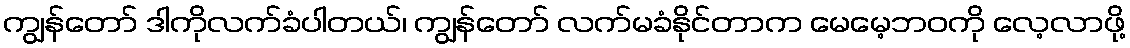
ကျွန်တော် ဒါကိုလက်ခံပါတယ်၊ ကျွန်တော် လက်မခံနိုင်တာက မေမေ့ဘဝကို လေ့လာဖို့